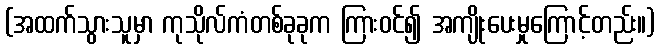
(အထက်သွားသူမှာ ကုသိုလ်ကံတစ်ခုခုက ကြားဝင်၍ အကျိုးပေးမှုကြောင့်တည်း။)